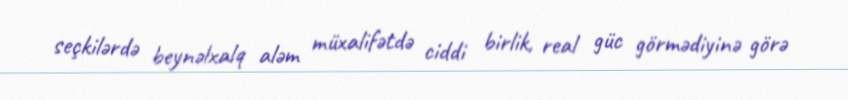
seçkilərdə beynəlxalq aləm müxalifətdə ciddi birlik, real güc görmədiyinə görə